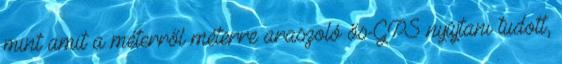
mint amit a méterről méterre araszoló ős-GPS nyújtani tudott,